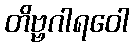
တိဗ္ဗဂါရဝေါ